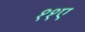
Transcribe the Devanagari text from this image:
११ए